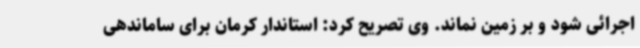
اجرائی شود و بر زمین نماند. وی تصریح کرد: استاندار کرمان برای ساماندهی